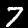
Label: 7